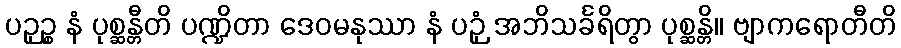
ပဉှဉ္စ နံ ပုစ္ဆန္တီတိ ပဏ္ဍိတာ ဒေဝမနုဿာ နံ ပဉှံ အဘိသင်္ခရိတွာ ပုစ္ဆန္တိ။ ဗျာကရောတီတိ